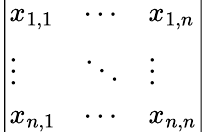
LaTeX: \left|\begin{array}{lll}{x_{1,1}}&{\cdots}&{x_{1,n}}\\ {\vdots}&{\ddots}&{\vdots}\\ {x_{n,1}}&{\cdots}&{x_{n,n}}\end{array}\right|